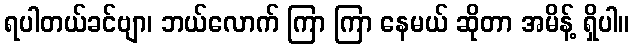
ရပါတယ်ခင်ဗျာ၊ ဘယ်လောက် ကြာ ကြာ နေမယ် ဆိုတာ အမိန့် ရှိပါ။